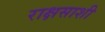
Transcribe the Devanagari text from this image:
राक्षसाशी